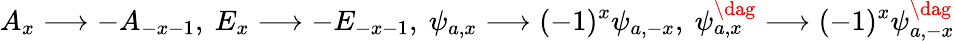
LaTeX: A_{x}\longrightarrow-A_{-x-1},\ E_{x}\longrightarrow-E_{-x-1},\ \psi_{a,x}\longrightarrow(-1)^{x}\psi_{a,-x},\ \psi_{a,x}^{\dag}\longrightarrow(-1)^{x}\psi_{a,-x}^{\dag}